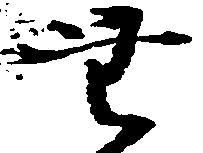
無